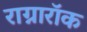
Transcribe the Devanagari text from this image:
राग्नारॉक